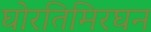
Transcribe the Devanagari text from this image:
घोरतिमिरघन